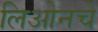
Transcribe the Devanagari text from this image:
लिओनचे